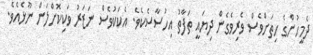
ދެމީހުންގެ ހިތަށްވެސް ވެރިވެގެން ދިޔައީ ތަފާތު އިހުސާސެކެވެ. އެކަކުވެސް ނަޒަރު ވަކިކޮށްލަން ނޫޅެއެވެ.